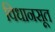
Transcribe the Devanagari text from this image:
विधानसूत